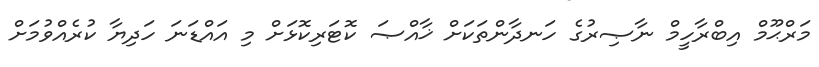
މަރްޙޫމް އިބްރާހީމް ނާޞިރުގެ ހަނދާންތަކަށް ޚާއްޞަ ކޮޓަރިކޮޅަށް މި އައްޑަނަ ހަދިޔާ ކުރެއްވުމަށް